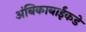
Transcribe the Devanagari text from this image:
अंबिकाबाईंकडे